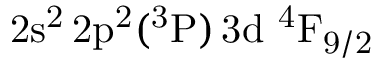
\mathrm { 2 s ^ { 2 } \, 2 p ^ { 2 } ( ^ { 3 } P ) \, 3 d ~ ^ { 4 } F _ { 9 / 2 } }